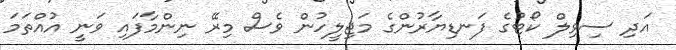
އަދި ސިވިލް ކޯޓުގެ ފަނޑިޔާރުންގެ މަޖިލީހުން ވެސް މިރޭ ނިންމާފައި ވަނީ އުއްތަމަ